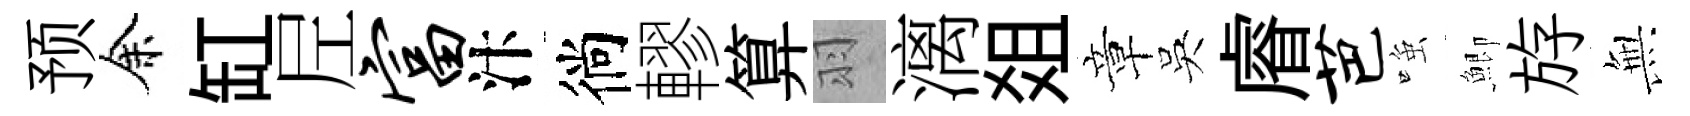
预余缸𡰱富汴徜轇算羽漓爼章吳𥈠芭𫪻鯽斿𭴾